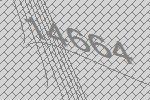
14664